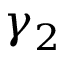
\gamma _ { 2 }